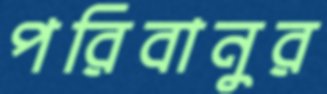
পরিবানুর